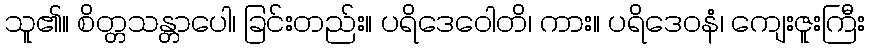
သူ၏။ စိတ္တသန္တာပေါ၊ ခြင်းတည်း။ ပရိဒေဝေါတိ၊ ကား။ ပရိဒေဝနံ၊ ကျေးဇူးကြီး